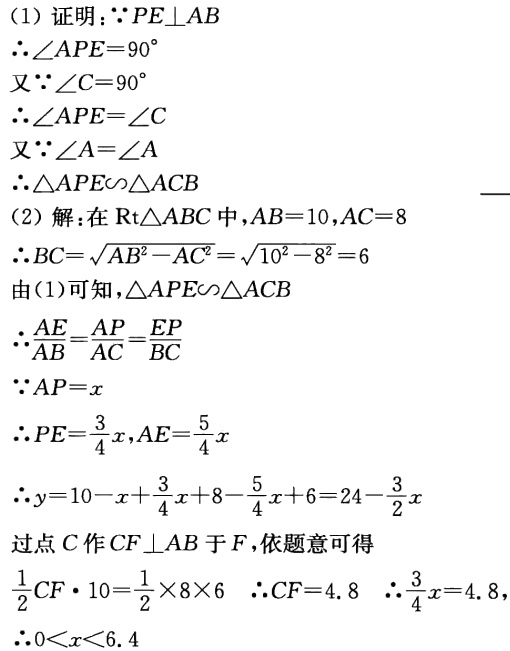
(1) 证明：\(\because PE\perp AB\)
\(\therefore \angle APE = 90^{\circ}\)
又\(\because \angle C = 90^{\circ}\)
\(\therefore \angle APE=\angle C\)
又\(\because \angle A=\angle A\)
\(\therefore \triangle APE\sim\triangle ACB\)
(2) 解：在\(\text{Rt}\triangle ABC\)中，\(AB = 10\)，\(AC = 8\)
\(\therefore BC=\sqrt{AB^{2}-AC^{2}}=\sqrt{10^{2}-8^{2}} = 6\)
由(1)可知，\(\triangle APE\sim\triangle ACB\)
\(\therefore \frac{AE}{AB}=\frac{AP}{AC}=\frac{EP}{BC}\)
\(\because AP = x\)
\(\therefore PE=\frac{3}{4}x\)，\(AE=\frac{5}{4}x\)
\(\therefore y = 10 - x+\frac{3}{4}x + 8-\frac{5}{4}x+6=24-\frac{3}{2}x\)
过点\(C\)作\(CF\perp AB\)于\(F\)，依题意可得
\(\frac{1}{2}CF\cdot10=\frac{1}{2}\times8\times6\) \(\therefore CF = 4.8\) \(\therefore \frac{3}{4}x = 4.8\)，
\(\therefore 0<x<6.4\)